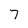
Character: 7